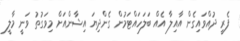
ފެރީ ދުއްވައިގެން އާއިލާ އެއް ބަލަހައްޓަމުން ގެންދިޔަ އިޝާންއަށް މިވަގުތު ވަނީ މާލީ